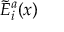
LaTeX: { \tilde { E } } _ { i } ^ { a } ( x )